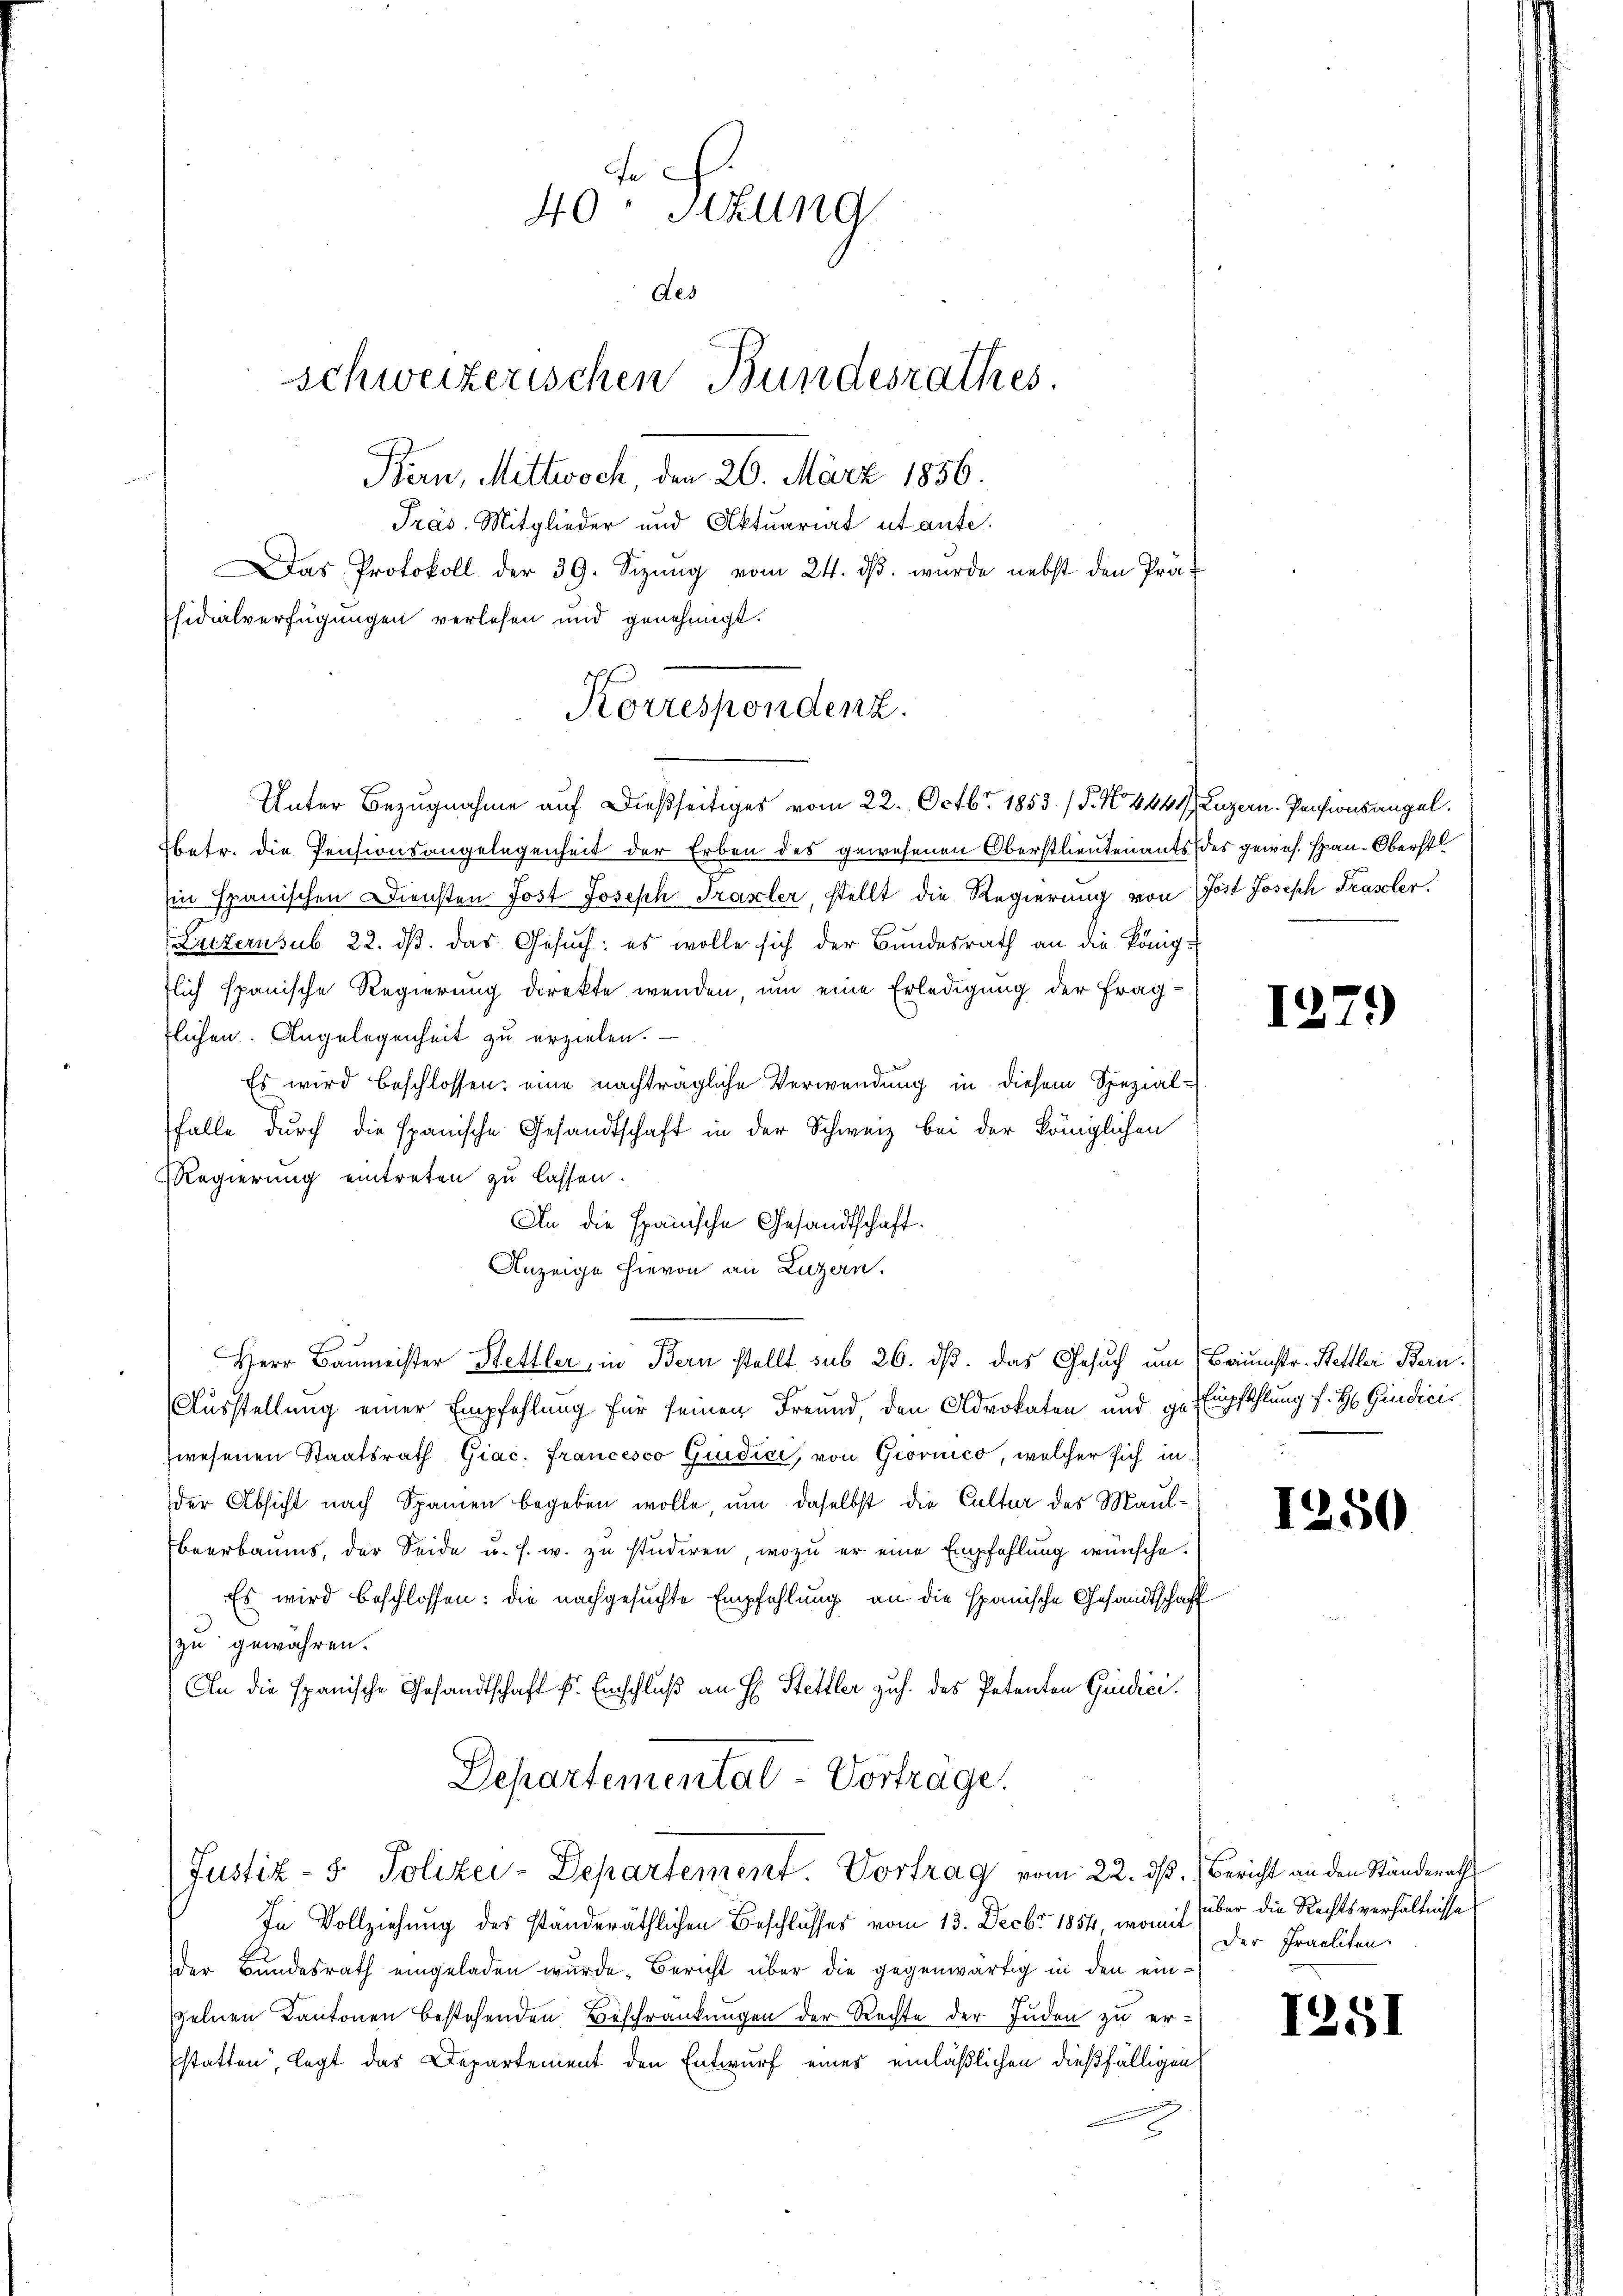
Das Protokoll der 39. Sizŭng vom 24. dβ. wurde nebst den Prä-
sidialverfügungen verlesen und genehmigt.

40. Sitzung
des
schweizerischen Bundesrathes
Bern, Mittwoch, den 26. März 1856.
Präs. Mitglieder und Aktuariat ut aufe.

Korrespondenz.
Unter Bezugnahme auf dießseitiges vom 22. Octbr. 1853. / 5. No. 4441, Luzern. Pensionsangel.

betr. die Pensionsangelegenheit der Erben des gewesenen Oberstlieutenants des gewes. span-Oberstl
in spanischen Diensten Jost Joseph Trasler, stellt die Regierung von Jost Joseph Trascher
(Luzernsub 22. ds. das Gesuch: es wolle sich der Bundesrath an die Königflich spanische Regierung direkte wenden, um eine Erledigung der Frag-
flichen. Angelegenheit zu erzielen.
Es wird beschlossen: eine nachträgliche Verwendung in diesem Spezial-
falle durch die spanische Gesandtschaft in der Schweiz bei der Königlichen
Regierung eintreten zu lassen.
An die spanische Gesandtschaft.
Anzeige hievon an Luzern.
Herr Baumeister Hettler, in Bern stellt sub 26. dβ. das Gesuch um (Baumstr. Bettler Bern.
Ausstellung einer Empfehlung für seinen Freund, den Advokaten und ge Empfehlung f. H. Giudicis
wesenen Staatsrath Giac. francesco Guidici, von Giornico, welcher sich in
der Absicht nach Spanien begeben wolle, um daselbst die Cultur des Maulbeerbaums, der Seide u. s. w. zu studiren, wozu er eine Empfehlung wünsche.
Es wird beschlossen: die nachgesuchte Empfehlung an die spanische Gesandtschaft
zu gewähren.
An die spanische Gesandtschaft f. Einschluß an H. Stettler zuh. des Petenten Gedici
Departementat Vortrage.
Justiz- & Polizei-Departement. Vortrag vom 22. dß. Bericht an den Ständeracht
In Vollziehung des ständeräthlichen Beschlusses vom 13. Decbr 1854, womit
der Bundesrath eingeladen wurde. Bericht über die gegenwärtig in den ein-
zelnen Kantonen bestehenden Beschränkungen der Rechte der Juden zu erstatten, legt das Departement den Entwurf eines einläßlichen dießfälligen
.

12.

)

1250

über die Rechtsverhältnisse
Der Praeliten

1251